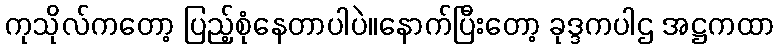
ကုသိုလ်ကတော့ ပြည့်စုံနေတာပါပဲ။နောက်ပြီးတော့ ခုဒ္ဒကပါဌ အဋ္ဌကထာ